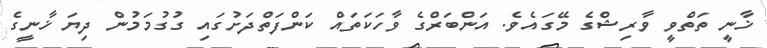
ޚާނީ ތަތްވީ ވާރިޝްގެ މޭގައެވެ. އަންބަރްގެ ވާހަކަތައް ކަންފަތްދަށުގައި ގުގުމަމުން ދިޔަ ޚާނީގެ